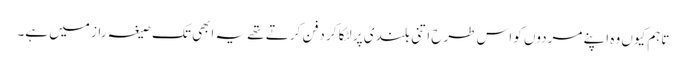
تاہم کیوں وہ اپنے مردوں کو اس طرح اتنی بلندی پر لٹکا کر دفن کرتے تھے یہ ابھی تک صیغہ راز میں ہے۔